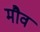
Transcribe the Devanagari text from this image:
मौव